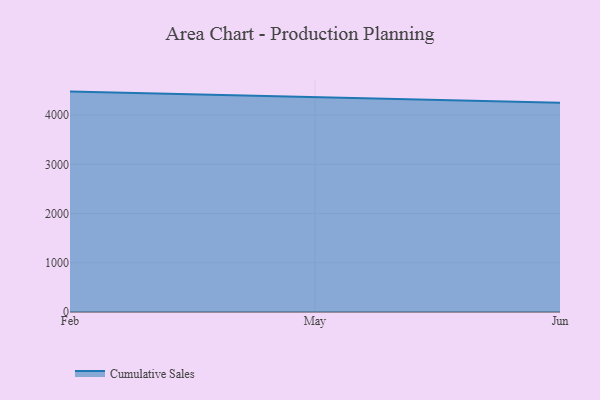
{"axis": {"x": "Month", "y": "Population (Million)"}, "legend": ["Cumulative Sales"], "data": [{"x": "Feb", "y": 4478.3, "type": "Cumulative Sales"}, {"x": "May", "y": 4370.2, "type": "Cumulative Sales"}, {"x": "Jun", "y": 4250.7, "type": "Cumulative Sales"}]}